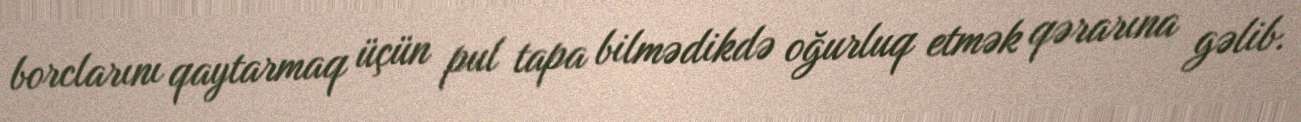
borclarını qaytarmaq üçün pul tapa bilmədikdə oğurluq etmək qərarına gəlib.